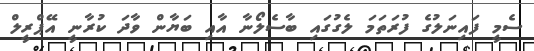
ސެމީ ފައިނަލުގެ ފުރަތަމަ ލެގުގައި ބާސެލޯނާ އާއި ބަޔާން ވާދަ ކުރާނީ އޭޕްރީލް